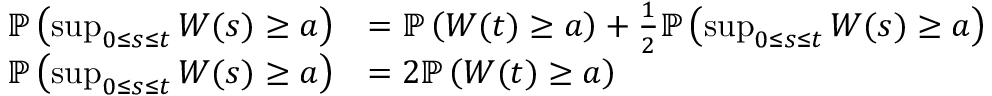
{ \begin{array} { r l } { \mathbb { P } \left( \operatorname* { s u p } _ { 0 \leq s \leq t } W ( s ) \geq a \right) } & { = \mathbb { P } \left( W ( t ) \geq a \right) + { \frac { 1 } { 2 } } \mathbb { P } \left( \operatorname* { s u p } _ { 0 \leq s \leq t } W ( s ) \geq a \right) } \\ { \mathbb { P } \left( \operatorname* { s u p } _ { 0 \leq s \leq t } W ( s ) \geq a \right) } & { = 2 \mathbb { P } \left( W ( t ) \geq a \right) } \end{array} }